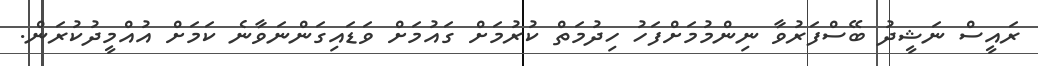
ރައީސް ނަޝީދު ބޭސްފަރުވާ ނިންމުމަށްފަހު ހިދުމަތް ކުރުމަށް ގައުމަށް ވަޑައިގަންނަވާނެ ކަމަށް އުއްމީދުކުރަން.